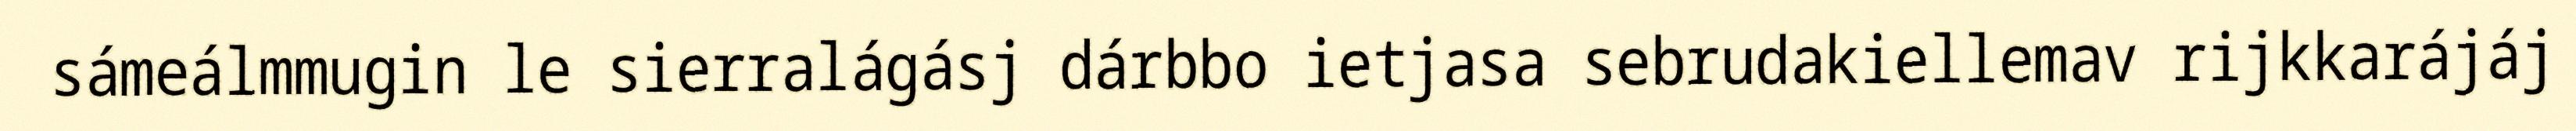
sámeálmmugin le sierralágásj dárbbo ietjasa sebrudakiellemav rijkkarájáj